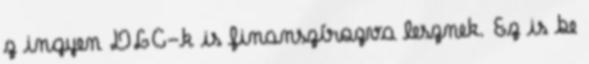
z ingyen DLC-k is finanszírozva lesznek. Ez is be